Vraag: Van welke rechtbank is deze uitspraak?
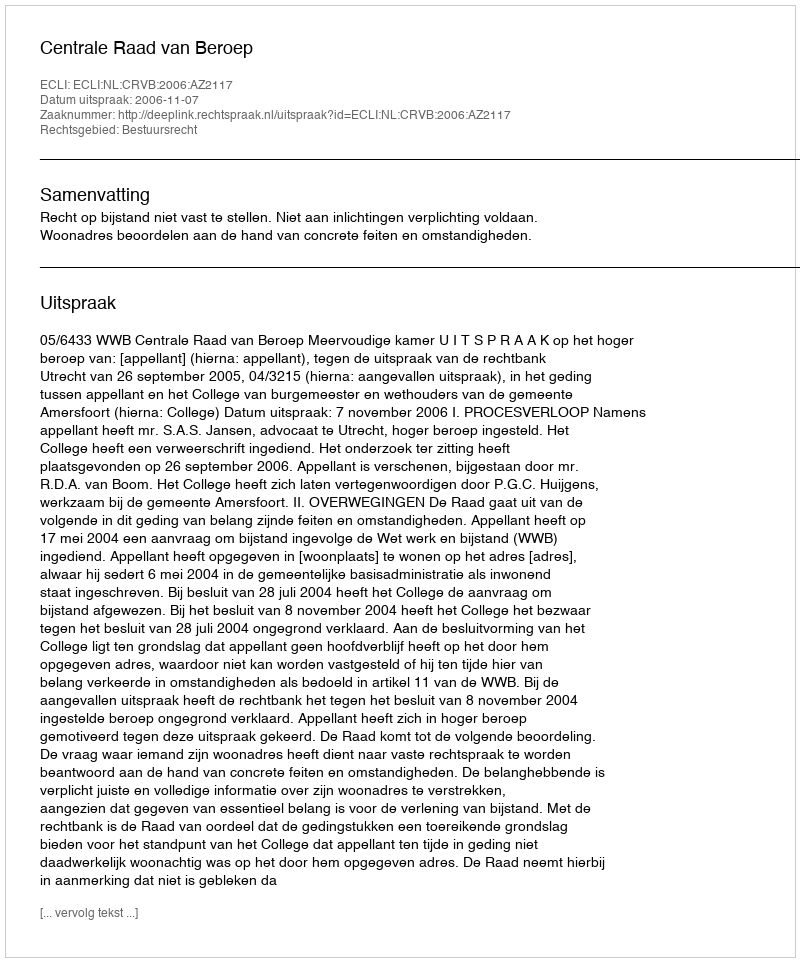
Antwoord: Centrale Raad van Beroep